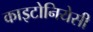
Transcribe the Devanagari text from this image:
काइटोनियेसी